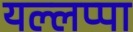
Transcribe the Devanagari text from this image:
यल्लप्पा